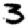
Digit: 3